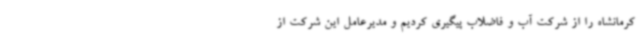
کرمانشاه را از شرکت آب و فاضلاب پیگیری کردیم و مدیرعامل این شرکت از